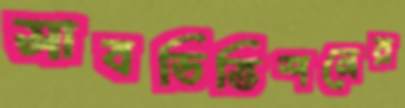
সাবডিভিশনের